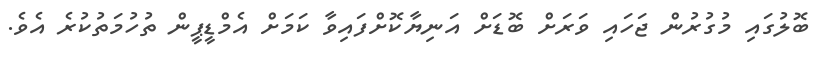
ބޮލުގައި މުގުރުން ޖަހައި ވަރަށް ބޮޑަށް އަނިޔާކޮށްފައިވާ ކަމަށް އެމްޑީޕީން ތުހުމަތުކުރެ އެވެ.